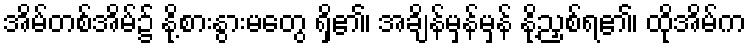
အိမ်တစ်အိမ်၌ နို့စားနွားမတွေ ရှိ၏၊ အချိန်မှန်မှန် နို့ညှစ်ရ၏၊ ထိုအိမ်က